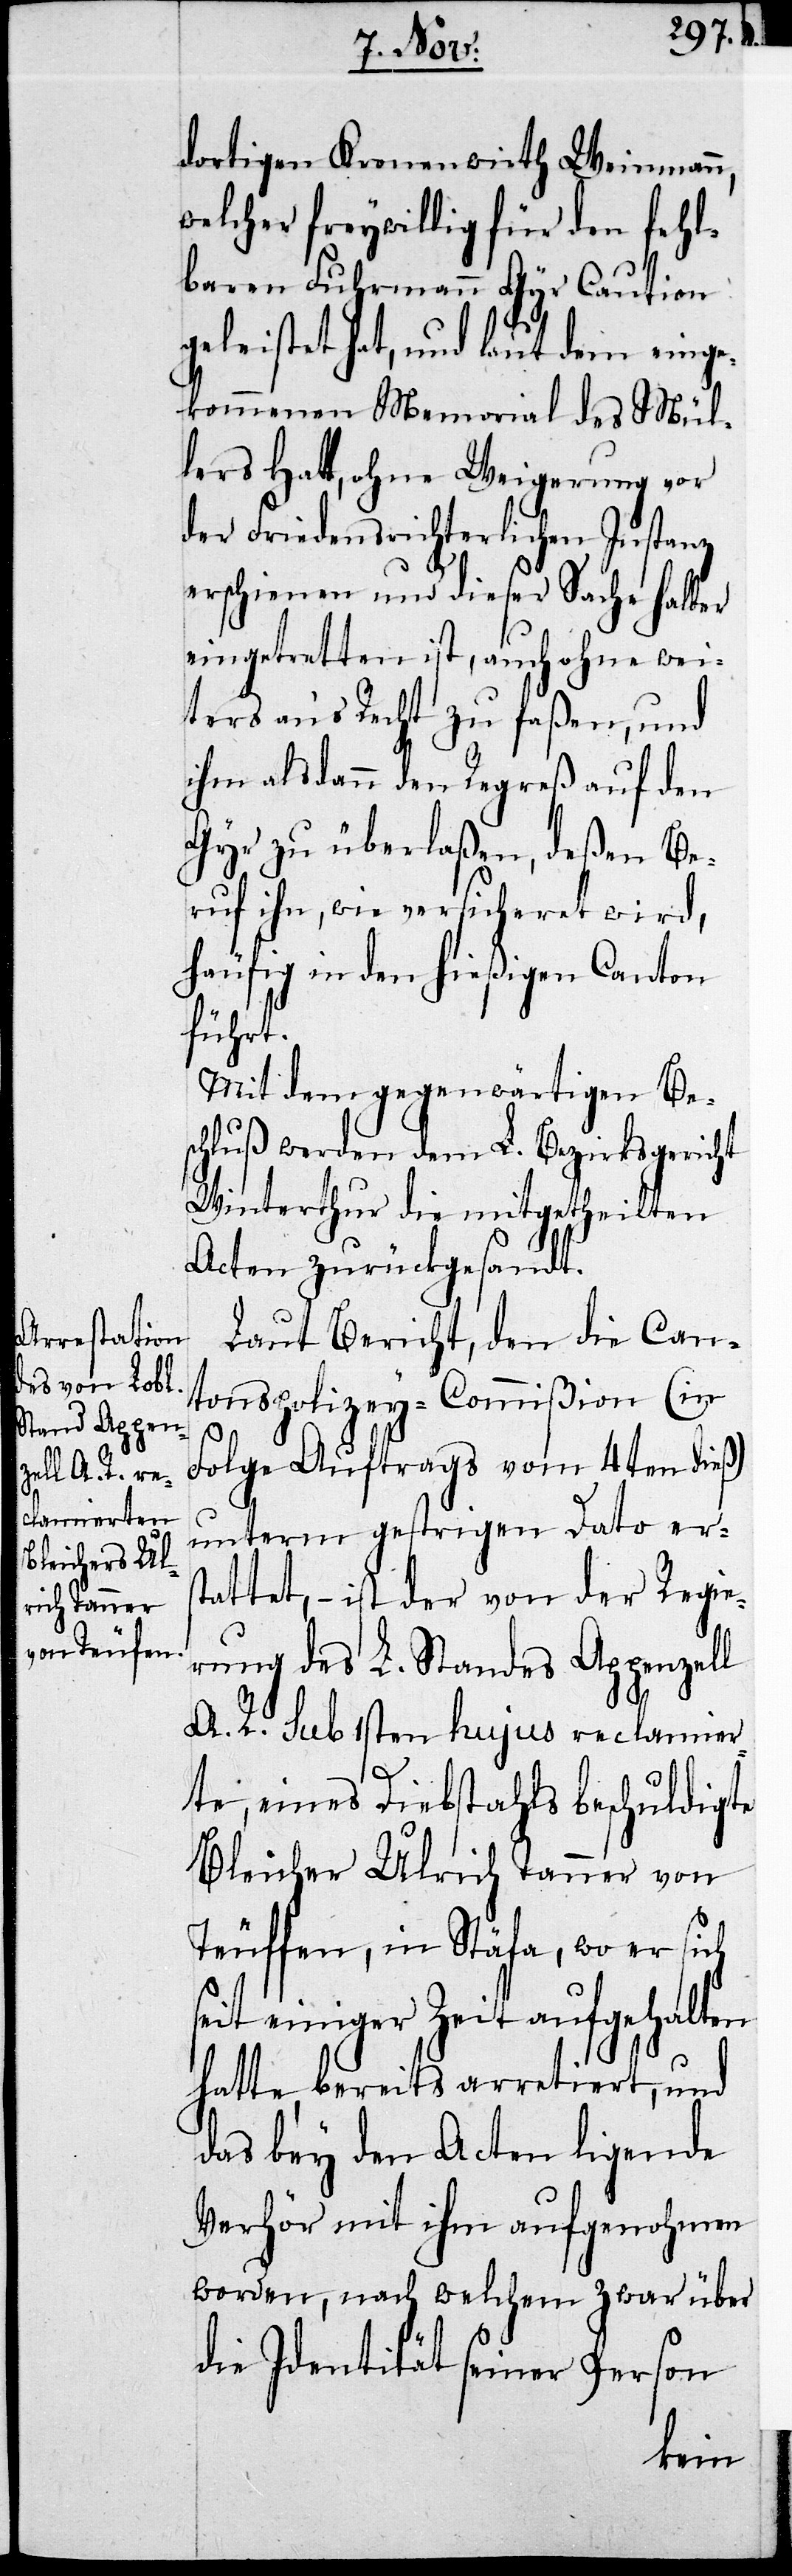
dortigen Kronenwirth Weinmann,
welcher freywillig für den fehl¬
baren Fuhrmann Gyr Caution
geleistet hat, und laut dem einge¬
kommenen Memorial des Mül¬
lers Hatt, ohne Weigerung vor
der Friedensrichterlichen Instanz
erschienen und dieser Sache halber
eingetretten ist, auch ohne wei¬
ters an’s Recht zu faßen, und
ihm alsdann den Regreß auf den
Gyr zu überlaßen, deßen Be¬
ruf ihn, wie versicheret wird,
häufig in den hießigen Canton
führt.
Mit dem gegenwärtigen Be¬
schluß werden dem L. Bezirksgericht
Winterthur die mitgetheilten
Acten zurückgesandt.
Laut Bericht, den die Can¬
tonspolicey-Commißion (in
Folge Auftrags vom 4ten dieß)
unterm gestrigen Dato erst¬
attet, – ist der von der Regie¬
rung des L. Standes Appenzell
A. R. sub 1sten hujus reclamier¬
te, eines Diebstahls beschuldigte
Bleicher Ulrich Tanner von
Teuffen, in Stäfa, wo er sich
seit einiger Zeit aufgehalten
hatte, bereits arretiert, und
das bey den Acten ligende
Verhör mit ihm aufgenohmen
worden, nach welchem zwar über
die Identität seiner Person